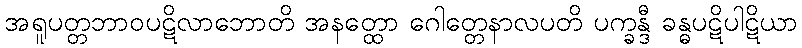
အရူပတ္တဘာဝပဋိလာဘောတိ အနတ္ထော ဂေါတ္တေနာလပတိ ပက္ခန္ဒီ ခန္ဓပဋိပါဋိယာ